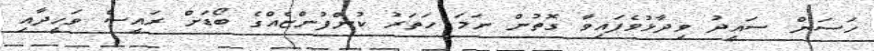
ހަސަން ސައީދު ވިދާޅުވެފައިވާ ގޮތުން ނަމަ ހަތަރު ކުންފުންޏެއްގެ ބޯޑަށް ރައީސް ވަހީދާއި